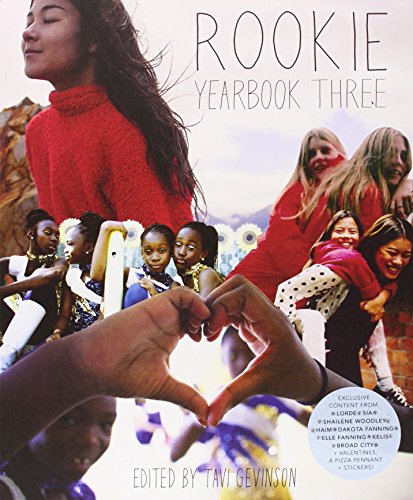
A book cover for Rookie Yearbook Three; Tavi Gevinson; Teen & Young Adult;